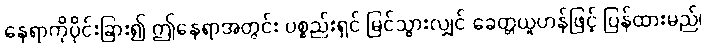
နေရာကိုပိုင်းခြား၍ ဤနေရာအတွင်း ပစ္စည်းရှင် မြင်သွားလျှင် ခေတ္တယူဟန်ဖြင့် ပြန်ထားမည်၊